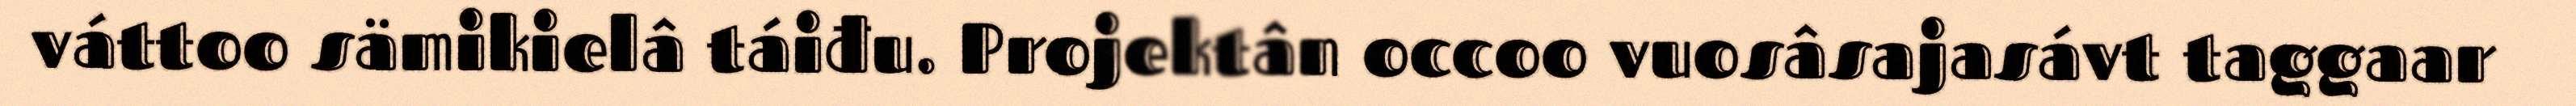
váttoo sämikielâ táiđu. Projektân occoo vuosâsajasávt taggaar